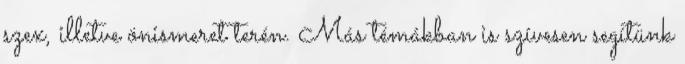
szex, illetve önismeret terén. Más témákban is szívesen segítünk